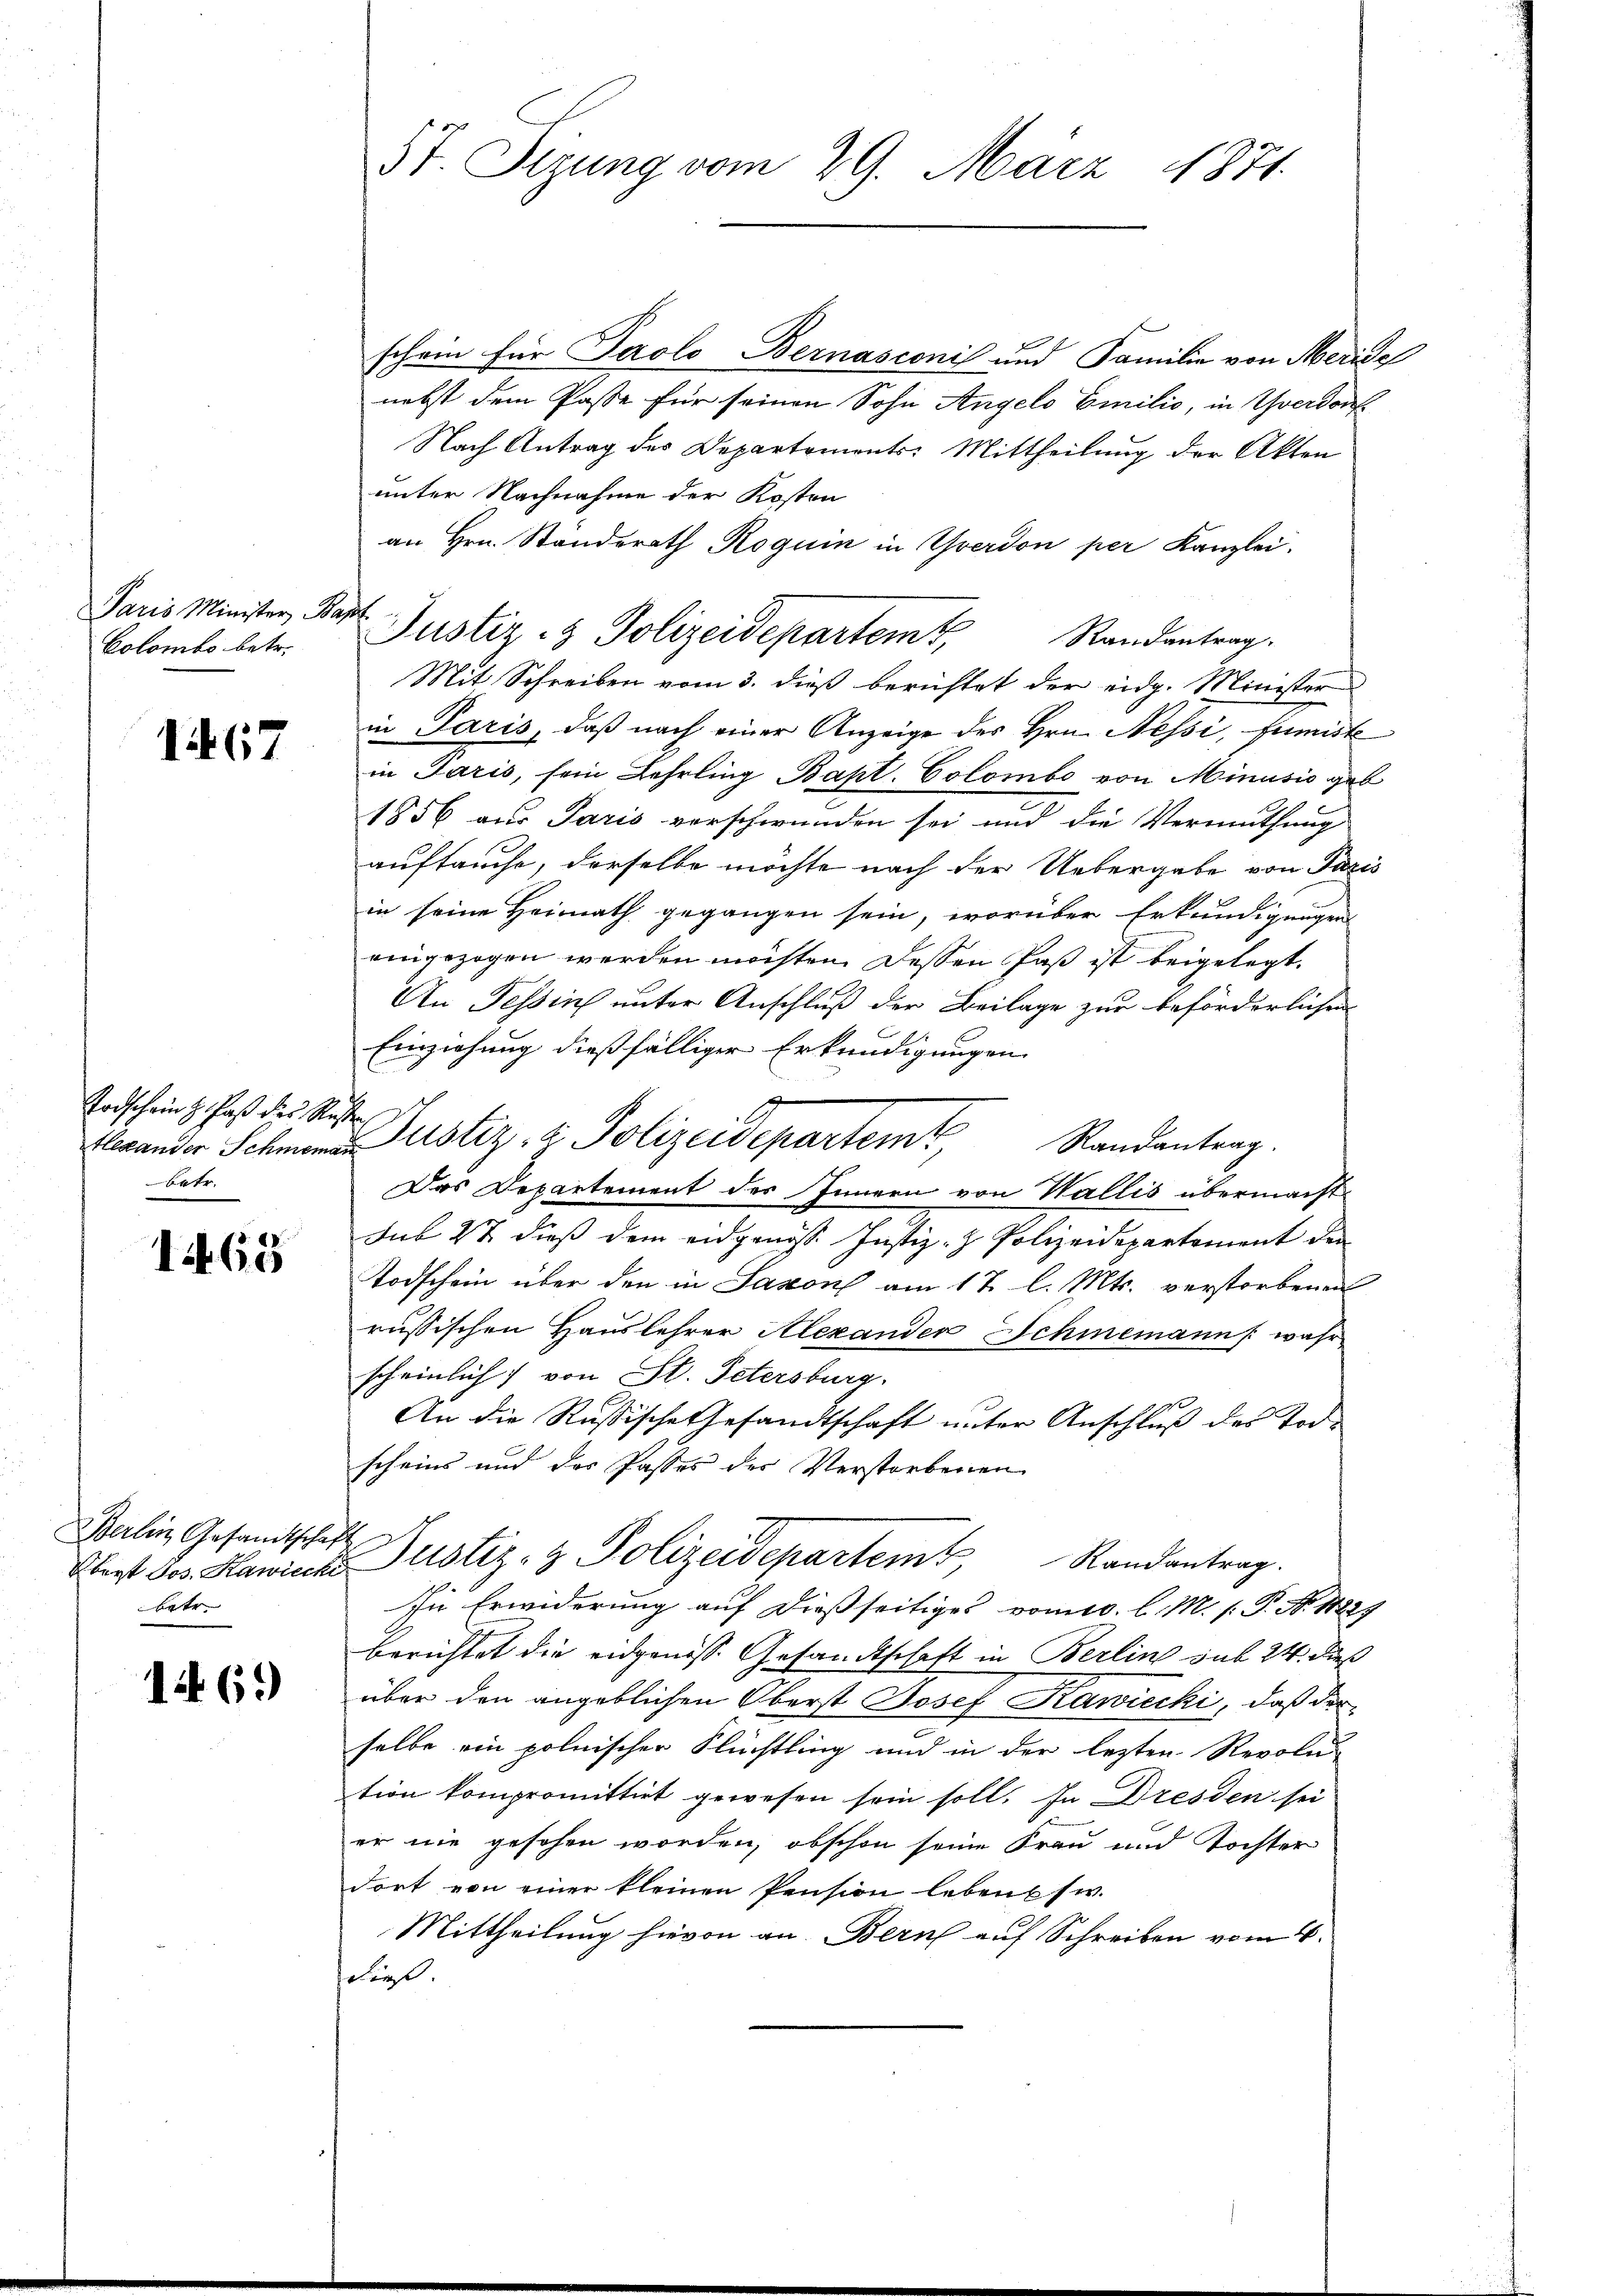
Paris Minister Bapt.
Colombs betr.

167

Todschein H. Paß des Rußten,
betr.

1465

Berlin Gesandtschaft
Betr

1469)

f
schein für Parolo Bernasconi und Familie von Meride
nebst dem Pässe für seinen Sohn Angelo Emilie, in Yverdorf
Nach Antrag des Departements: Mittheilung der Akten
unter Nachnahme der Kosten
an Hrn. Ständerath Roguin in Yverdon per Kanzlei.
Randantrag.
Mit Schreiben vom 3. dieß berichtet der eidg. Minister
in Paris, daß nach einer Anzeige des Hrn. Nessi, fumiste
in Paris, sein Lehrling Bapt. Colombe von Minusio geb
1856 aus Paris verschwunden sei und die Vermuthung
auftauche, derselbe möchte nach der Uebergabe von Paris
in seine Heimath gegangen sein, worüber Erkundigungen
eingezogen werden möchten. Dessen Paß ist beigelegt.
An Tessin unter Anschluß der Beilage zur beförderlichen
Einziehung dießfälliger Erkundigungen
Bewander Schmeren Justiz- & Polizeidepartem Randantrag.
Das Departement des Innern von Wallis übermacht
Sub 2t dieß dem eidgenöss Justiz- & Polizeidepartement den
Todschein über den in Saxons am 17. l. Mts. verstorbenen
russischen Hauslehrer Alexanden Schinemann (wahr
scheinlich von St. Petersburg.
An die Russische Gesandtschaft unter Anschluß des Tode
scheins und des Passes der Verstorbenen
Überst Jos. Hawische Justiz- & Polizeidepartem Randantrag.
In Erwiderung auf dießseitiges vom 10. l. M. s. P. No 14229
berichtet die eidgenosse Gesandtschaft in Berlin sub 24. dieß
über den angeblichen Oberst Josef Kawiecki, daß der
selbe ein polnischer Flüchtling und in der lezten Revolu
tion kompromittirt gewesen sein soll. In Dresden sei
er nie gesehen worden, obschon seine Frau und Tochter
dort von einer kleinen Pension leben w
Mittheilung hievon an. Bern auf Schreiben vom 6.
dieß.

5t. Sizung vom 29. März 1871.

Justiz- & Polizeidepartem t